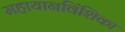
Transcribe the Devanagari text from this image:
महायानविंशिका